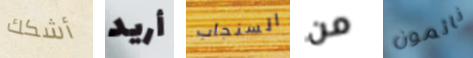
أشكك أريد السنجاب من نائمون